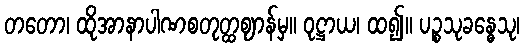
တတော၊ ထိုအာနာပါဏစတုတ္ထဈာန်မှ။ ဝုဋ္ဌာယ၊ ထ၍။ ပဉ္စသုခန္ဓေသု၊